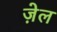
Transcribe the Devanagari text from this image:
जे़ल